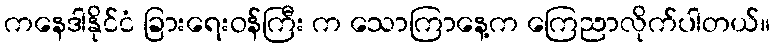
ကနေဒါနိုင်ငံ ခြားရေးဝန်ကြီး က သောကြာနေ့က ကြေညာလိုက်ပါတယ်။